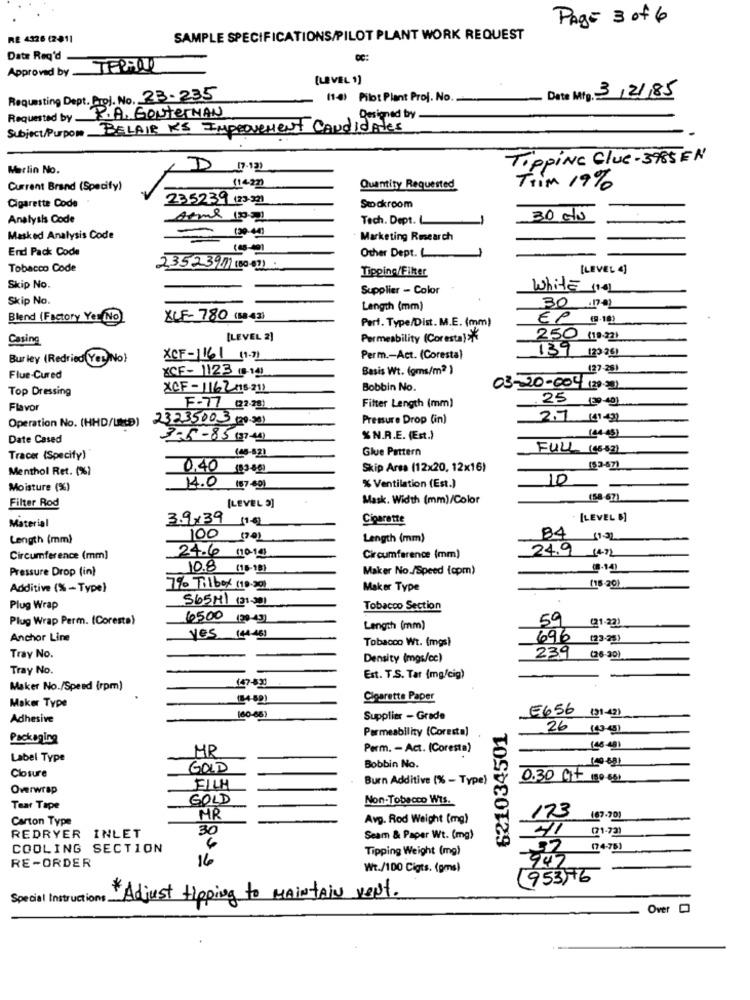
Page 3 of 6
RE 4326 (2-811
SAMPLE SPECIFICATIONS/PILOT PLANT WORK REQUEST
Date Req'd
Approved by TEPPOR
[LEVEL 1)
Date Mig. 3/2/85
Requesting Dept. Proj. No. 23-235
11-09 Pib: Plant Proj. No.
Requested by.
P.A. GOUTerNAN
Designed by
Subject/Purpose BELAIR KS IMPROvement Candidates
TippiNe Clue -3985 EN
Marlin No.
Current Brand (Specify)
Quantity Requested
Trim 19%
Cigarette Code
235239 (23-2)
Stockroom
Analysis Code
Tech. Dept.L
30 clu
Masked Analysis Code
Marketing Research
End Pack Code
(45-40)
Other Dept. L
Tobacco Code
23523911 (80-07) .
Tipping/Fiker
[LEVEL 4]
Skip No.
Supplier - Color
White no
Skip No.
Length (mm)
30 17-01
Blend (Factory Yer No
XLF- 780 (88 43)
Perf. Type/Dist. M.E. (mm)
Casing
[LEVEL 2)
Permeability (Coresta) **
250 (10:27)
Burley (Redried Yet)No}
XCF-1161 (1-7)
Perm .- Act. (Coresta)
139 (23261
XCF- 1123 18-12)
Basis Wt. (gms/m2 )
127 291
Flue-Cured
Top Dressing
XCF-1162 (18-21)
Bobbin No.
03-20-004 120-28)
25 (29-40)
Flavor
F-77 (22-23)
Fitter Length (mm)
23235003 (20-30)
Pressure Drop (in)
2.7 (41-2)
Operation No. (HHD/LED)
Date Cased
3-5-85 (37.44)
%N.R.E. (Est.)
(24 45)
Glue Pattern
FULL (45-63)
Tracer (Specify)
(48-821
Menthol Ret. (%)
0.40 (13-80)
Skip Arsa (12x20, 12x16)
(53-67)
10
Moisture (%)
1.0 (57.69)
% Ventilation (Est.)
Filter Rod
Mask. Width (mm)/Color
(58-67)
[LEVEL 9]
Material
3.9x39 11-0)
Cigarette
[LEVEL #]
84
Length (mm)
100 [7:01
Length (mm)
24.9 1472
Circumference (mm)
24.6 /10.19
Circumference (mm)
Pressure Drop (in)
10.8
(16-18)
Maker No./Speed (opm)
Additive (%-Type)
7% Tilbox (10.20)
Maker Type
(18-20)
565MI (31 30)
Plug Wrap
Tobacco Section
Plug Wrap Perm. (Coresta)
6500 130-43)
59
(21.22)
Length (mm)
Anchor Line
yes (44-46)
Tobacco Wt. (mgs)
696 (23-25)
Tray No.
Density (mgs/cc)
239 (26-30)
Tray No.
Est. T.S. Tar (mg/cig)
Maker No./Speed (rpm)
Cigarette Paper
Maker Type
Adhesive
160-68)
Supplier - Grade
E656 (31-421
Permeability (Coresta)
621034501
26 143-51
Packaging
MR
Perm. - Act. (Coresta)
(48-491
Label Type
Bobbin No.
19691
GOLD
Closure
Burn Additive (% - Type)
0.30 Gt 50 601
Overwrap
FILH
GOLD
Non-Tobacco Wts.
Tear Tape
Carton Type
MR
Avg. Rod Weight (mg)
173 (67.701
30
REDRYER INLET
6
Seam & Paper Wt. (mg)
41 (71.73)
COOLING SECTION
Tipping Weight (mg)
(74-75)
RE-ORDER
16
Wt./100 Cigts. (gms)
-
(953)76
Special Instructions
*Adjust Hoping to MAINTAIN vent.
Over